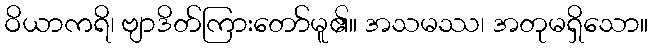
ဝိယာကရိ၊ ဗျာဒိတ်ကြားတော်မူ၏။ အသမဿ၊ အတုမရှိသော။